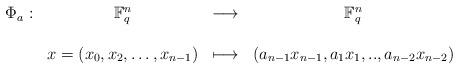
LaTeX: \begin{align*}\begin{array}{ccccc}\Phi_{a}:& \mathbb{F}_{q}^n &\longrightarrow & \mathbb{F}_{q}^n\\\\& x=(x_0,x_2,\ldots,x_{n-1}) & \longmapsto &(a_{n-1}x_{n-1},a_{1}x_1,..,a_{n-2}x_{n-2})\end{array}\end{align*}